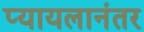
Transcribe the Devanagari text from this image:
प्यायलानंतर